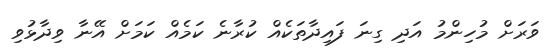
ވަރަށް މުހިންމު އަދި ގިނަ ފައިދާތަކެއް ކުރާނެ ކަމެއް ކަމަށް އޭނާ ވިދާޅުވި